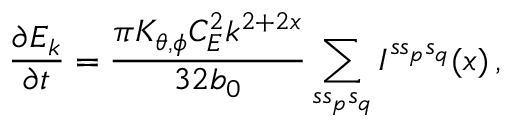
\frac { \partial E _ { k } } { \partial t } = \frac { \pi K _ { \theta , \phi } C _ { E } ^ { 2 } k ^ { 2 + 2 x } } { 3 2 b _ { 0 } } \sum _ { s s _ { p } s _ { q } } I ^ { s s _ { p } s _ { q } } ( x ) \, ,